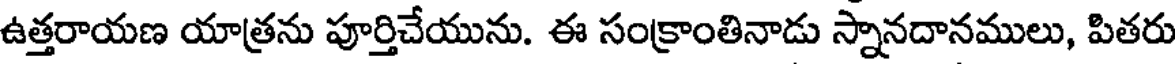
ఉత్తరాయణ యాత్రను పూర్తిచేయును. ఈ సంక్రాంతినాడు స్నానదానములు, పితరు